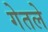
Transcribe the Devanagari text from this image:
गेतले